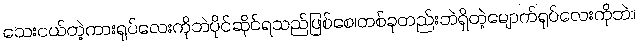
သေးငယ်တဲ့ကားရုပ်လေးကိုဘဲပိုင်ဆိုင်ရသည်ဖြစ်စေ၊တစ်ခုတည်းဘဲရှိတဲ့မျောက်ရုပ်လေးကိုဘဲ။